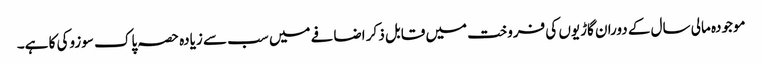
موجودہ مالی سال کے دوران گاڑیوں کی فروخت میں قابل ذکر اضافے میں سب سے زیادہ حصہ پاک سوزوکی کا ہے۔